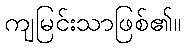
ကျမြင်းသာဖြစ်၏။